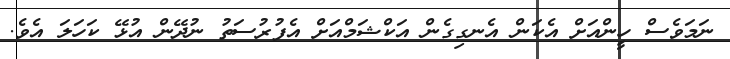
ނަމަވެސް ހީންއަށް އެކަން އެނގިގެން އަކްޝަމްއަށް އެފުރުސަތު ނުދޭން އުޅޭ ކަހަލަ އެވެ.